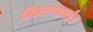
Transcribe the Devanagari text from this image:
निकाराग्वापर्यंत